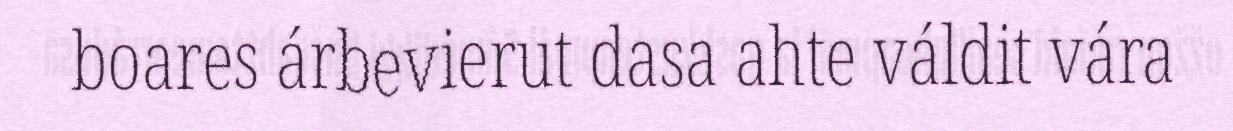
boares árbevierut dasa ahte váldit vára